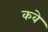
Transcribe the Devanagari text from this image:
कवे